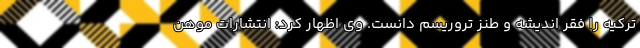
ترکیه را فقر اندیشه و طنز تروریسم دانست. وی اظهار کرد: انتشارات موهن